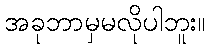
အခုဘာမှမလိုပါဘူး။